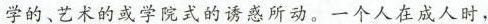
学的、艺术的或学院式的诱惑所动。一个人在成人时